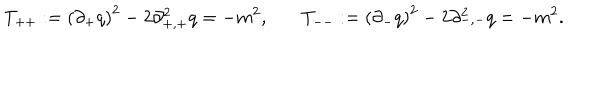
T _ { + + } : = \left( \partial _ { + } q \right) ^ { 2 } - 2 \partial _ { + , + } ^ { 2 } q = - m ^ { 2 } , ~ T _ { -- } : = \left( \partial _ { - } q \right) ^ { 2 } - 2 \partial _ { - , - } ^ { 2 } q = - m ^ { 2 } .